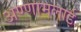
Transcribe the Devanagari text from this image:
अण्णामलाई